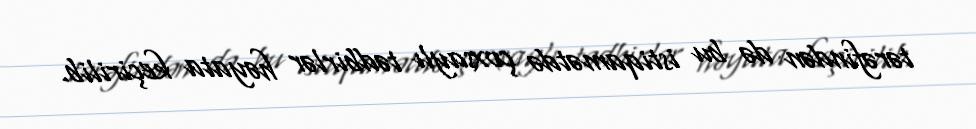
tərəfindən də bu istiqamətdə çoxsaylı tədbirlər həyata keçirilib.